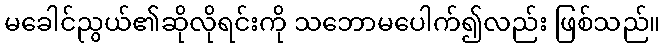
မခေါင်ညွယ်၏ဆိုလိုရင်းကို သဘောမပေါက်၍လည်း ဖြစ်သည်။